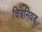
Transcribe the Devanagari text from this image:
चित्रनिवड